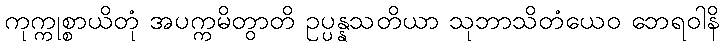
ကုက္ကုစ္စာယိတုံ အပက္ကမိတွာတိ ဥပ္ပန္နသတိယာ သုဘာသိတံယေဝ ဘေရဝါနိ